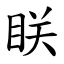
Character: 眹